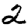
Digit: 2